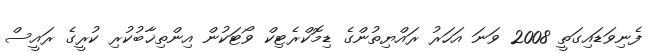
ފެނިވަޑައިގަތީ 2008 ވަނަ އަހަރު ރައްޔިތުންގެ ޑިމޮކްރެޓިކް ވޯޓަކުން އިންތިޚާބުކުރި ކުރީގެ ރައީސް